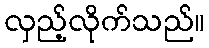
လှည့်လိုက်သည်။